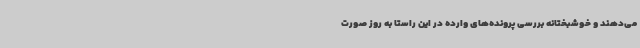
می‌دهند و خوشبختانه بررسی پرونده‌های وارده در این راستا به روز صورت